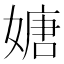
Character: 㜍